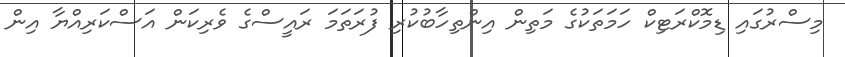
މިސްރުގައި ޑިމޮކްރަޓިކް ހަމަތަކުގެ މަތިން އިންތިހާބުކުރި ފުރަތަމަ ރައީސްގެ ވެރިކަން އަސްކަރިއްޔާ އިން